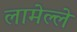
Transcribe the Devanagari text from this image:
लामेल्ले